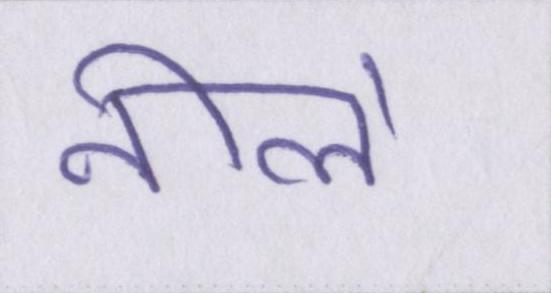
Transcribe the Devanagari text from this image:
नीले